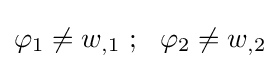
\varphi _{1}\neq w_{,1}~;~~\varphi _{2}\neq w_{,2}